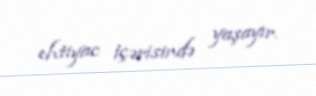
ehtiyac içərisində yaşayır.